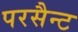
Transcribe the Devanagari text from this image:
परसैन्ट